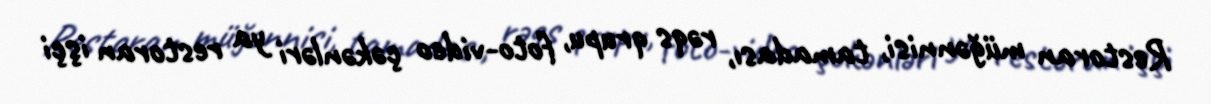
Restoran müğənnisi, tamadası, rəqs qrupu, foto-video çəkənləri ya restoran işçi